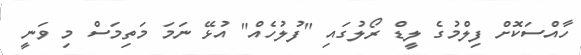
ހާއްސަކޮށް ފިލްމުގެ ލީޑް ރޯލުގައި "ފުލުހެއް" އުޅޭ ނަމަ މަތިމަސް މި ވަނީ